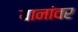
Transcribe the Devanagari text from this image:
यानांवर